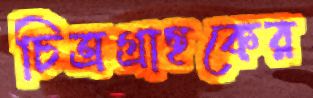
চিত্রগ্রাহকের